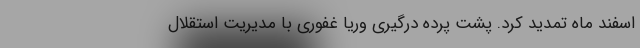
اسفند ماه تمدید کرد. پشت پرده درگیری وریا غفوری با مدیریت استقلال